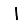
Digit: 1